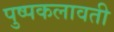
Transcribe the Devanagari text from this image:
पुष्पकलावती